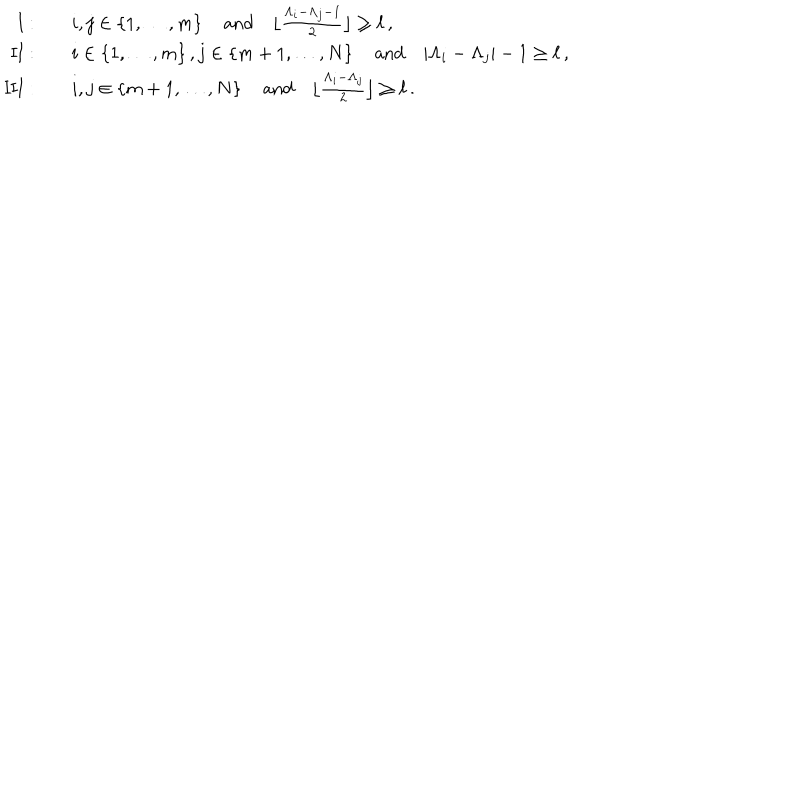
\begin{array} { r l } { { \mathrm { { I } } : } } & { { \quad i , j \in \{ 1 , \dots , m \} \, \quad { \mathrm { a n d } } \quad \lfloor \frac { \Lambda _ { i } - \Lambda _ { j } - 1 } { 2 } \rfloor \geq \ell \, , } } \\ { { \mathrm { { I I } } : } } & { { \quad i \in \{ 1 , \dots , m \} \, , j \in \{ m + 1 , \dots , N \} \, \quad { \mathrm { a n d } } \quad | \Lambda _ { i } - \Lambda _ { j } | - 1 \geq \ell \, , } } \\ { { \mathrm { { I I I } } : } } & { { \quad i , j \in \{ m + 1 , \dots , N \} \, \quad { \mathrm { a n d } } \quad \lfloor \frac { \Lambda _ { i } - \Lambda _ { j } } { 2 } \rfloor \geq \ell \, . } } \\ \end{array}